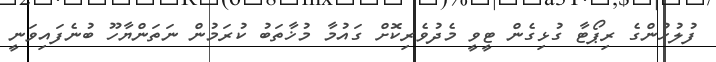
ފުލުހުންގެ ރިޕޯޓާ ގުޅިގެން ޓީވީ މެދުވެރިކޮށް ގައުމާ މުޚާތަބު ކުރަމުން ނަތަންޔާހޫ ބުނެފައިވަނީ